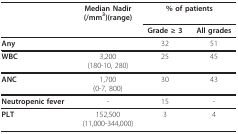
<table><thead><tr><td></td><td><b>Median Nadir(/mm<sup>3</sup>)(range)</b></td><td colspan="2"><b>% of patients</b></td></tr><tr><td></td><td></td><td><b>Grade ≥ 3</b></td><td><b>All grades</b></td></tr></thead><tbody><tr><td><b>Any</b></td><td></td><td>32</td><td>51</td></tr><tr><td><b>WBC</b></td><td>3,200(180-10, 280)</td><td>25</td><td>45</td></tr><tr><td><b>ANC</b></td><td>1,700(0-7, 800)</td><td>30</td><td>43</td></tr><tr><td><b>Neutropenic fever</b></td><td>-</td><td>15</td><td>-</td></tr><tr><td><b>PLT</b></td><td>152,500(11,000-344,000)</td><td>3</td><td>4</td></tr></tbody></table>